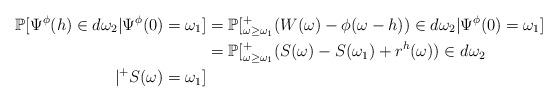
LaTeX: \begin{align*}\mathbb{P}[\Psi^{\phi}(h)\in d\omega_2 \vert \Psi^{\phi}(0)=\omega_1]&=\mathbb{P}[^{+}_{\omega \ge \omega_1} (W(\omega)-\phi(\omega-h))\in d\omega_2\vert \Psi^{\phi}(0)=\omega_1]\\&=\mathbb{P}[^{+}_{\omega \ge \omega_1} (S(\omega)-S(\omega_1)+r^{h}(\omega)) \in d\omega_2 \\ \vert ^{+} S(\omega)=\omega_1]\end{align*}